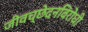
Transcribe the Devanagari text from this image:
जीवच्छेदनविरोधी